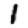
Digit: 1